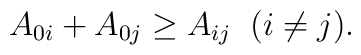
A_{0i} + A_{0j} \geq A_{ij}\;\;(i\neq j).